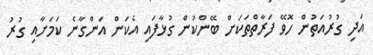
އަދި ގުރުއަތުން ހޮވޭ ފަރާތްތަކަށް ބޭންކުން ގުޅާފައި އެކަން އަންގާނެ ކަމަށާއި ގުރު